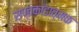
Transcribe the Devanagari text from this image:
सप्तकांडात्मक